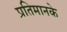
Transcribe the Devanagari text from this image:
प्रतिमानके